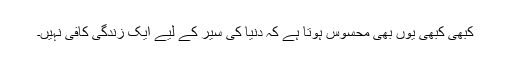
کبھی کبھی یوں بھی محسوس ہوتا ہے کہ دنیا کی سیر کے لیے ایک زندگی کافی نہیں۔